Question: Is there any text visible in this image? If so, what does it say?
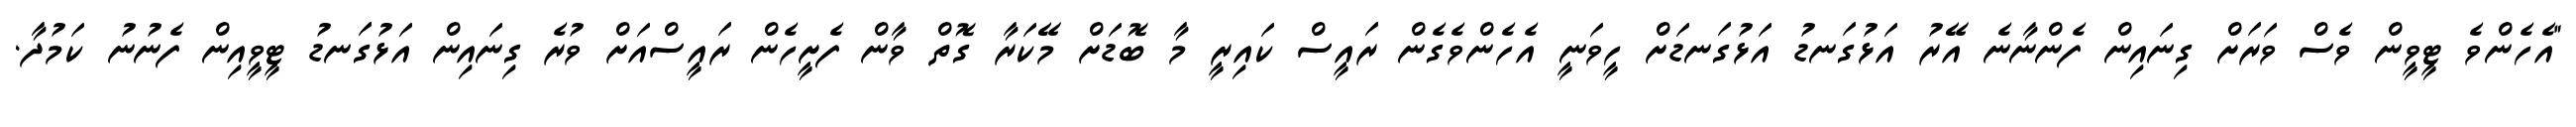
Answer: "އެހެންވެ ޓީވީން ވެސް ވަރަށް ގިނައިން ފެންނާނެ އޭރު އަޅުގަނޑު އަޅުގަނޑަށް ހީވަނީ އެހެންވެގެން ރައީސް ކައިރީ މާ ބޮޑަށް މޭކަރާ ގޮތް ވާން ފެށީހެން ރައީސްއަށް ވުރެ ގިނައިން އަޅުގަނޑު ޓީވީއިން ފެނުނު ކަމުދާ.